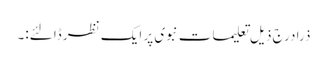
ذرا درج ذیل تعلیمات نبوی پر ایک نظر ڈالئے:۔